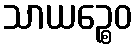
သာယဉ္စေဝ